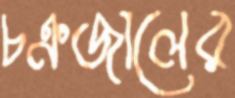
চক্রজালের